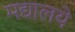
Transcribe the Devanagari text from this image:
मद्यालये